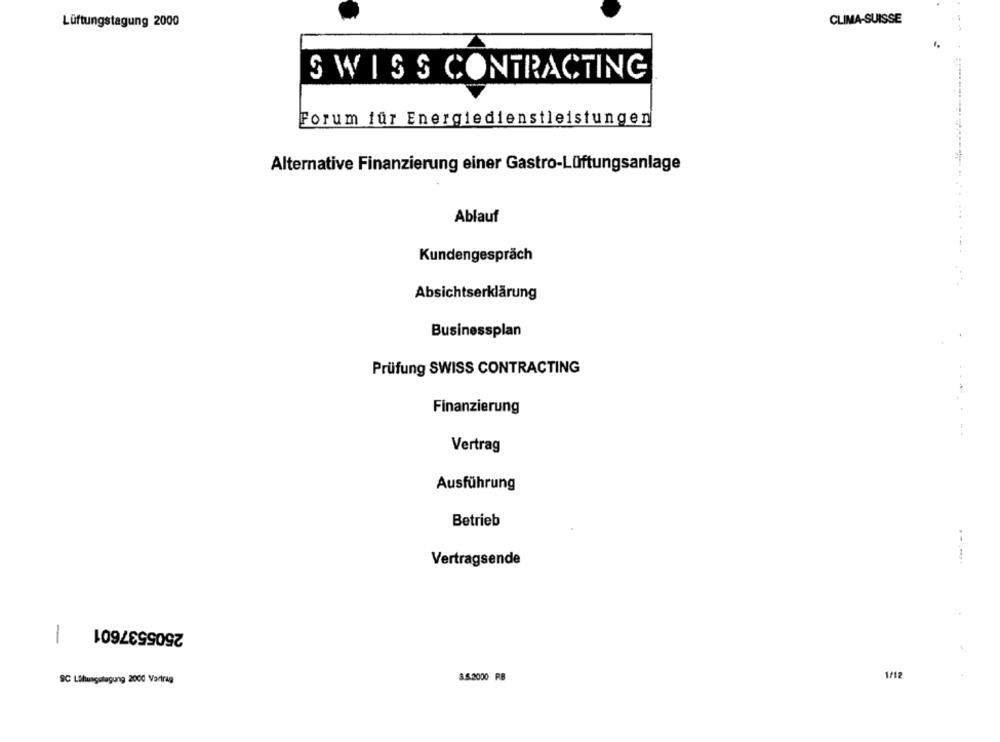
Lüftungstagung 2000
CLIMA-SUISSE
SWISS CONTRACTING
Forum für Energiedienstleistungen
Alternative Finanzierung einer Gastro-Lüftungsanlage
Ablauf
Kundengespräch
Absichtserklärung
Businessplan
Prüfung SWISS CONTRACTING
Finanzierung
-.
Vertrag
Ausführung
Betrieb
Vertragsende
2505537601 |
1/12
SC Lilungslagung 2000 Vortrag
8.5.2000 RB